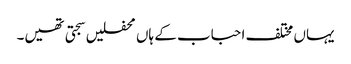
یہاں مختلف احباب کے ہاں محفلیں سجتی تھیں۔